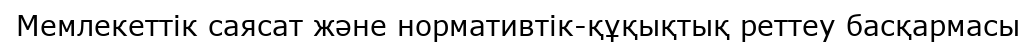
Мемлекеттік саясат және нормативтік-құқықтық реттеу басқармасы